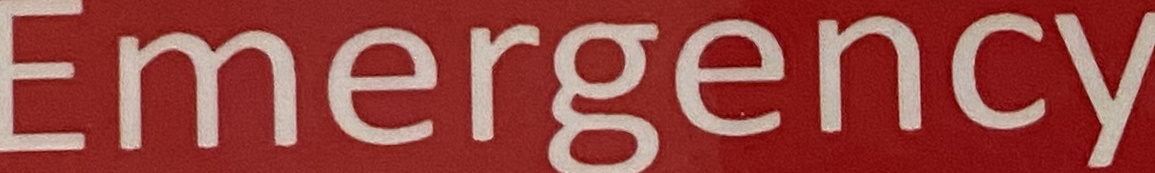
Emergency